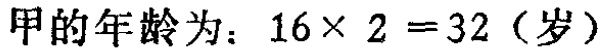
甲的年龄为：\(16\times 2 =32\)（岁）